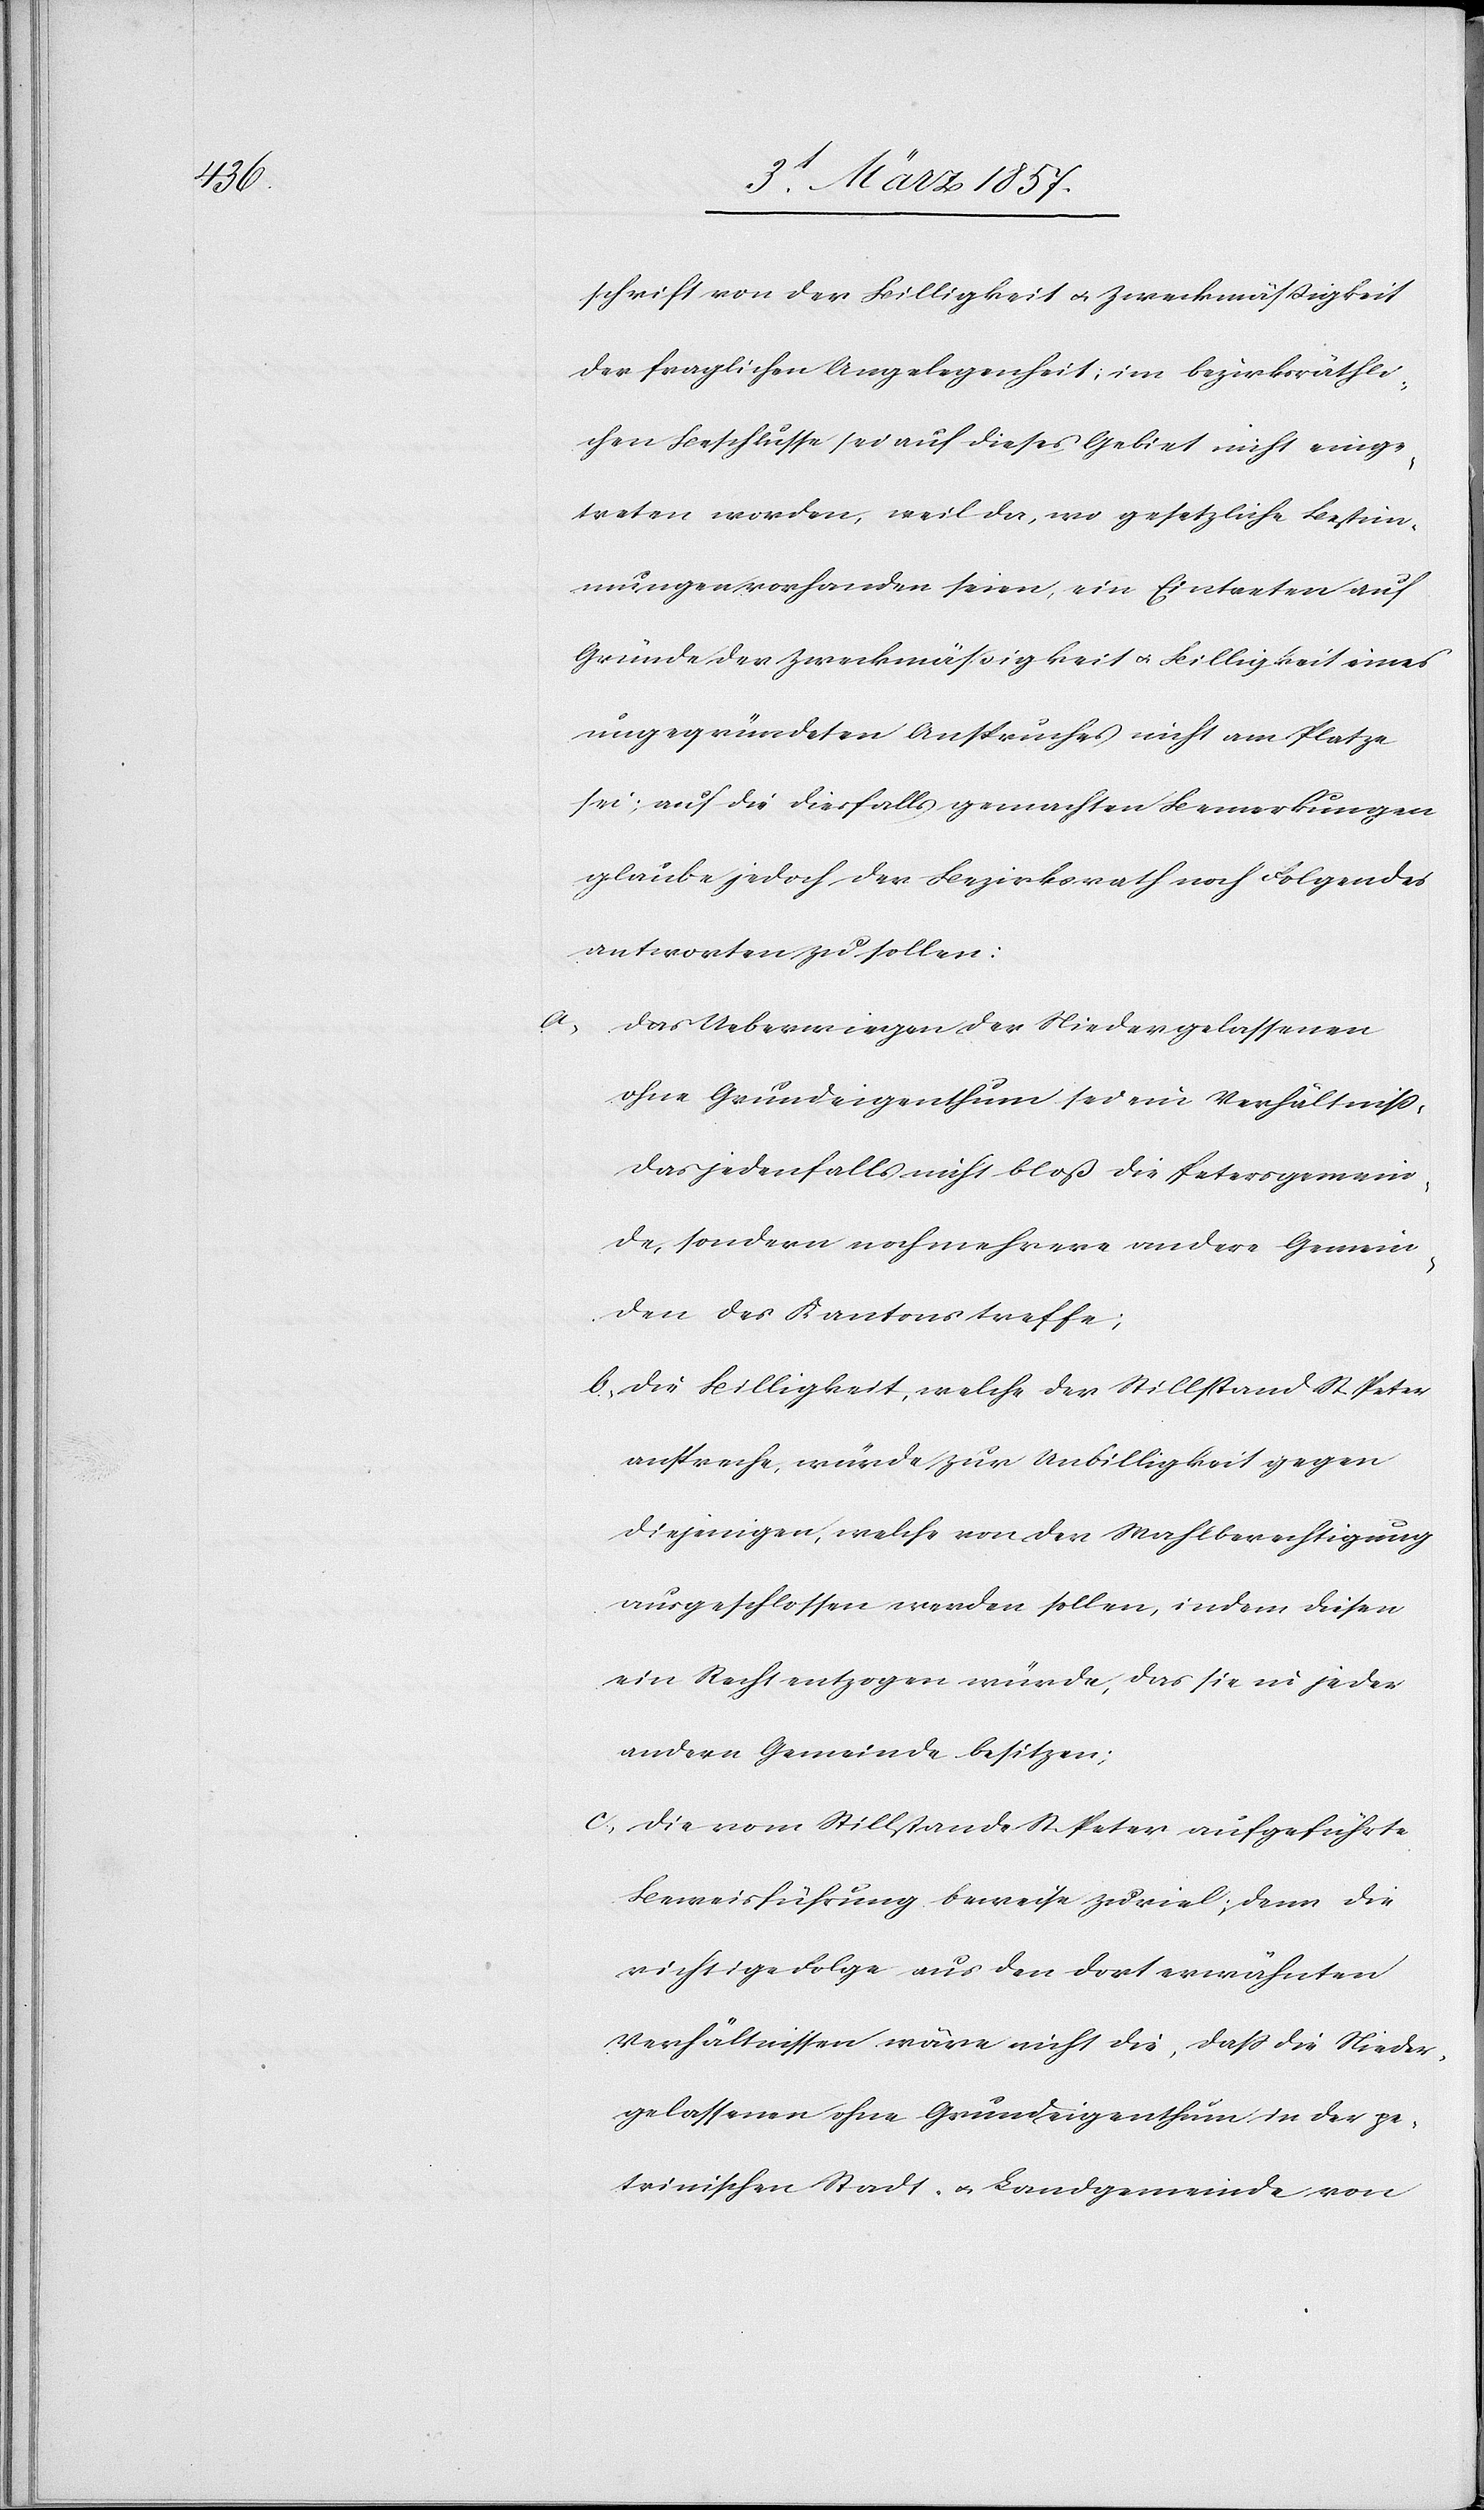
schrift von der Billigkeit u. Zweckmäßigkeit
der fraglichen Angelegenheit; im bezirksräthli¬
chen Beschlusse sei auf dieses Gebiet nicht einge¬
treten worden, weil da, wo gesetzliche Bestim¬
mungen vorhanden seien, ein Eintreten auf
Gründe der Zweckmäßigkeit u. Billigkeit eines
ungegründeten Anspruches nicht am Platze
sei; auf die diesfalls gemachten Bemerkungen
glaube jedoch der Bezirksrath noch Folgendes
antworten zu sollen:
das Ueberwiegen der Niedergelassenen
ohne Grundeigenthum sei ein Verhältniß,
das jedenfalls nicht bloß die Petersgemein¬
de, sondern noch mehrere andere Gemein¬
den des Kantons treffe;
b. die Billigkeit, welche der Stillstand St. Peter
anspreche, würde zur Unbilligkeit gegen
diejenigen, welche von der Wahlberechtigung
ausgeschlossen werden sollen, indem diesen
ein Recht entzogen würde, das sie in jeder
andern Gemeinde besitzen;
c. die vom Stillstande St. Peter aufgeführte
Beweisführung beweise zuviel; denn die
richtige Folge aus den dort erwähnten
Verhältnissen wäre nicht die, daß die Nieder¬
gelassenen ohne Grundeigenthum in der pe¬
trinischen Stadt- u. Landgemeinde von